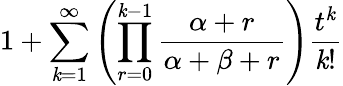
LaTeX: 1+\sum_{\mathit{k}=1}^{\infty}\left(\prod_{r=0}^{\mathit{k}-1}{\frac{{\alpha+r}}{{\alpha+\beta+r}}}\right){\frac{{t^{\mathit{k}}}}{{\mathit{k}!}}}